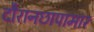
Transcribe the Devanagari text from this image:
दौरानछापामार